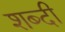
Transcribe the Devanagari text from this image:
शब्दी